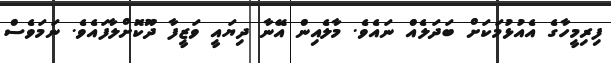
ފިރިމީހާގެ އެއުޅުމަކަށް ބަދަލެއް ނައެވެ. މާލެއިން އޭނާ ދިޔައީ ވަޒީފާ ދޫކޮށްލާފައެވެ. ނަމަވެސް